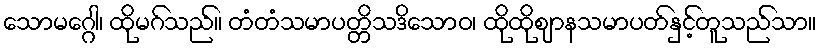
သောမဂ္ဂေါ၊ ထိုမဂ်သည်။ တံတံသမာပတ္တိသဒိသောဝ၊ ထိုထိုဈာနသမာပတ်နှင့်တူသည်သာ။